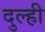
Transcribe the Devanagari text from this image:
दुल्ही